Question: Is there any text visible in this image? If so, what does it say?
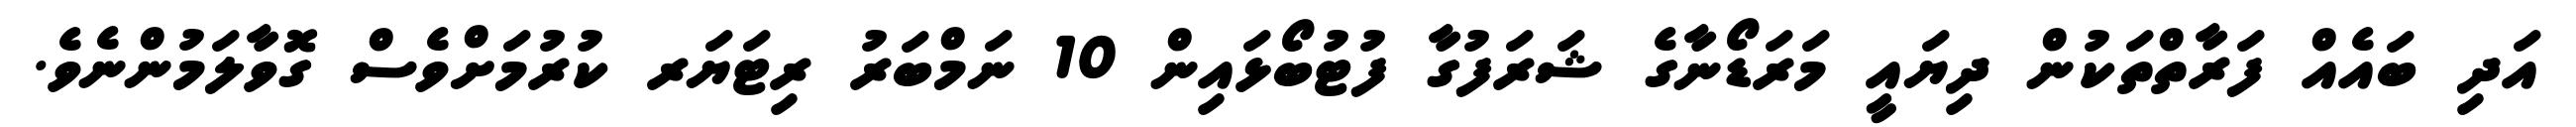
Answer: އަދި ބައެއް ފަރާތްތަކުން ދިޔައީ މަރަޑޯނާގެ ޝަރަފުގާ ފުޓުބޯޅައިން 10 ނަމްބަރު ރިޓަޔަރ ކުރުމަށްވެސް ގޮވާލަމުންނެވެ.